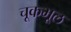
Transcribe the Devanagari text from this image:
चूकभूल